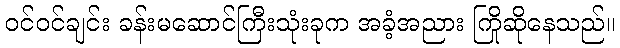
ဝင်ဝင်ချင်း ခန်းမဆောင်ကြီးသုံးခုက အခံ့အညား ကြိုဆိုနေသည်။